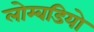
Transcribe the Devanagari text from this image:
लोम्बडियो